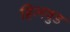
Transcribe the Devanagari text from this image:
हिलवुड